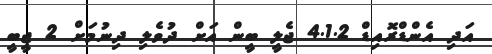
އަދި އެންޑްރޮއިޑް 4.1.2 ޖެލީ ބީން އަށް ދުވެލި ދިނުމަށް 2 ޖީބީ